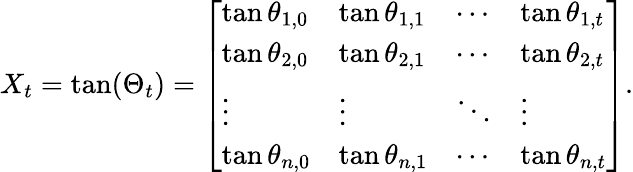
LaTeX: X_{t}=\tan(\Theta_{t})=\left[\begin{array}{llll}{\tan\theta_{1,0}}&{\tan\theta_{1,1}}&{\cdots}&{\tan\theta_{1,t}}\\ {\tan\theta_{2,0}}&{\tan\theta_{2,1}}&{\cdots}&{\tan\theta_{2,t}}\\ {\vdots}&{\vdots}&{\ddots}&{\vdots}\\ {\tan\theta_{n,0}}&{\tan\theta_{n,1}}&{\cdots}&{\tan\theta_{n,t}}\end{array}\right].